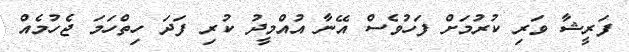
ފަރީޝާ ވަރި ކުރުމަށް ފަހުވެސް އޭނާ އުއްމީދު ކުރި ފަދަ ހިތްހަމަ ޖެހުމެއް